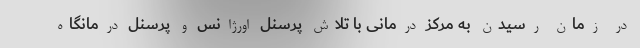
در زمان رسیدن به مرکز درمانی با تلاش پرسنل اورژانس و پرسنل درمانگاه